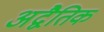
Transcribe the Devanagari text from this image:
अद्वैतिक